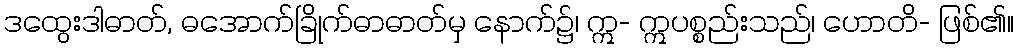
ဒထွေးဒါဓာတ်, ဓအောက်ခြိုက်ဓာဓာတ်မှ နောက်၌၊ ဣ- ဣပစ္စည်းသည်၊ ဟောတိ- ဖြစ်၏။